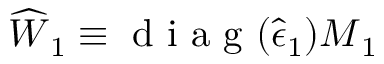
\widehat { \boldsymbol { W } } _ { 1 } \equiv \mathrm { ~ d ~ i ~ a ~ g ~ } ( \widehat { \boldsymbol { \epsilon } } _ { 1 } ) \boldsymbol { M } _ { 1 }